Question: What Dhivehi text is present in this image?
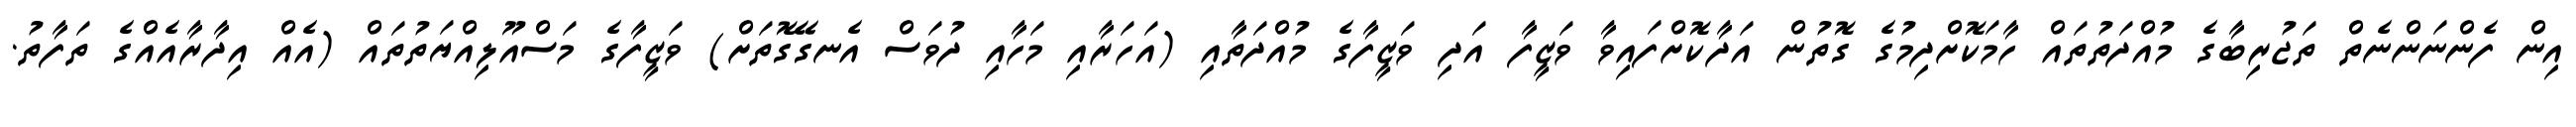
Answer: އިން ފެންނަންނެތް ތަޖުރިބާގެ މުއްދަތުތައް ހާމަކޮށްދިމުގެ ގޮތުން އަދާކޮށްފައިވާ ވަޒީފާ އަދި ވަޒީފާގެ މުއްދަތާއި (އަހަރާއި މަހާއި ދުވަސް އެނގޭގޮތަށް) ވަޒީފާގެ މަސްއޫލިއްޔަތުތައް (އެއް އިދާރާއެއްގެ ތަފާތު.